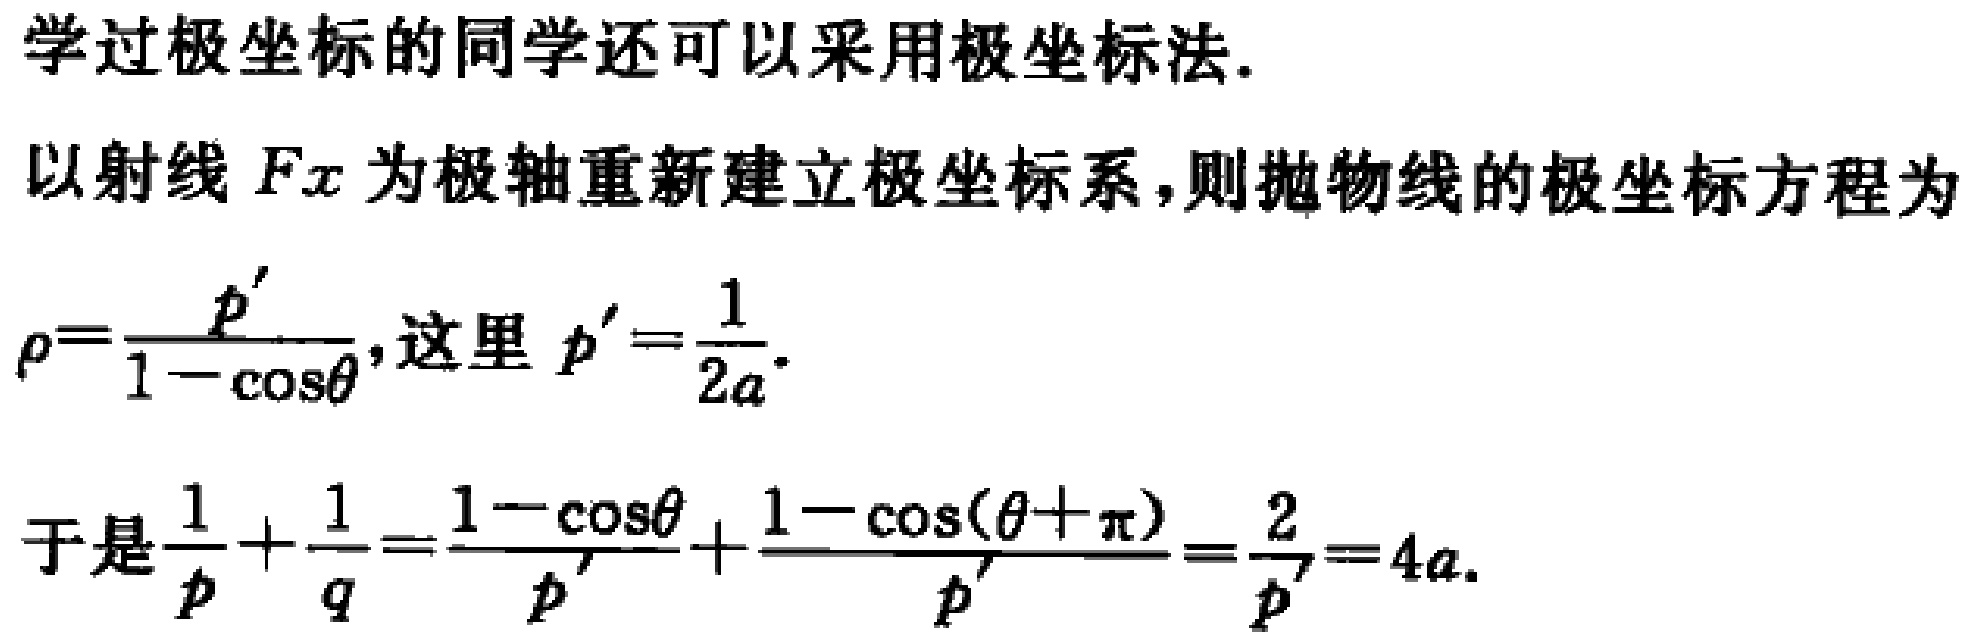
学过极坐标的同学还可以采用极坐标法.
以射线 \(Fx\) 为极轴重新建立极坐标系,则抛物线的极坐标方程为
\(\rho=\frac{p'}{1 - \cos\theta}\),这里 \(p'=\frac{1}{2a}\).

于是\(\frac{1}{p}+\frac{1}{q}=\frac{1 - \cos\theta}{p'}+\frac{1 - \cos(\theta+\pi)}{p'}=\frac{2}{p'}=4a\).